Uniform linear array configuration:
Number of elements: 8
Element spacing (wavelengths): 0.25
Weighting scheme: hann
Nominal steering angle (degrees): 45
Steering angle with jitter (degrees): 43.596
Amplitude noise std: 0.05
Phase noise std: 0.05

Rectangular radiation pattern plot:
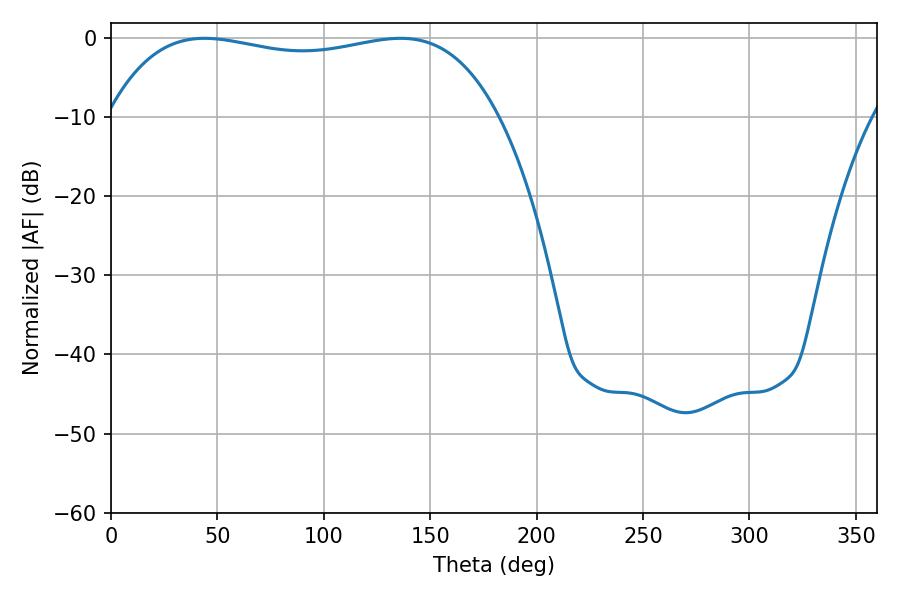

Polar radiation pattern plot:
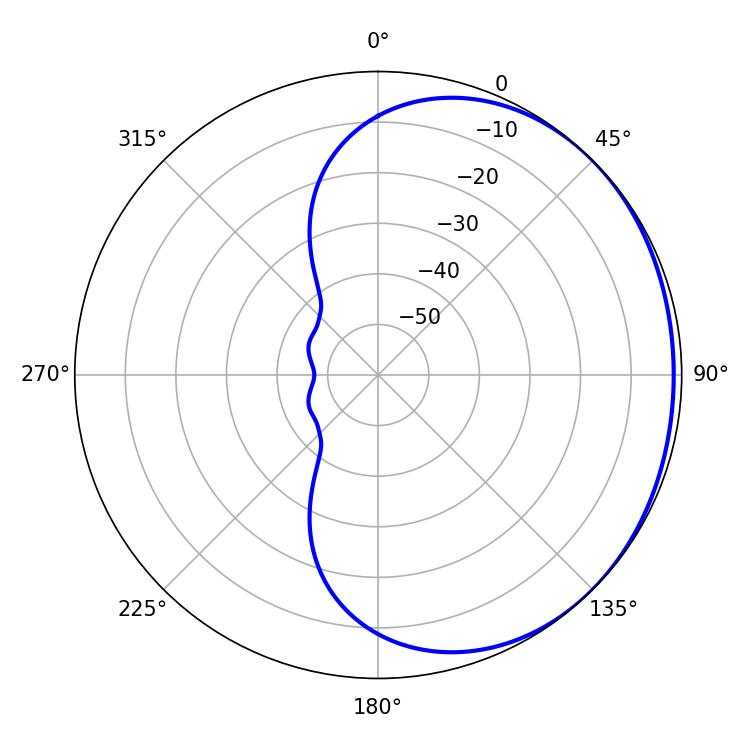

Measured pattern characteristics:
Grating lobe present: FALSE
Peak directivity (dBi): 0.902
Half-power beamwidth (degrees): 147.96
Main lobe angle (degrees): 43.92